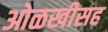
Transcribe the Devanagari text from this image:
ओळखीसह